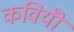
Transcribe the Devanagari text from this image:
कवियोँ